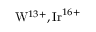
\mathrm { W } ^ { 1 3 + } , \mathrm { I r } ^ { 1 6 + }